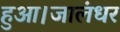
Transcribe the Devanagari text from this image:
हुआ।जालंधर